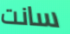
سانت